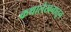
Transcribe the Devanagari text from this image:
कथालेखनातून